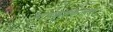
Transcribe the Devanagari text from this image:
मायक्रोफिल्म्स